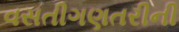
વસતીગણતરીની